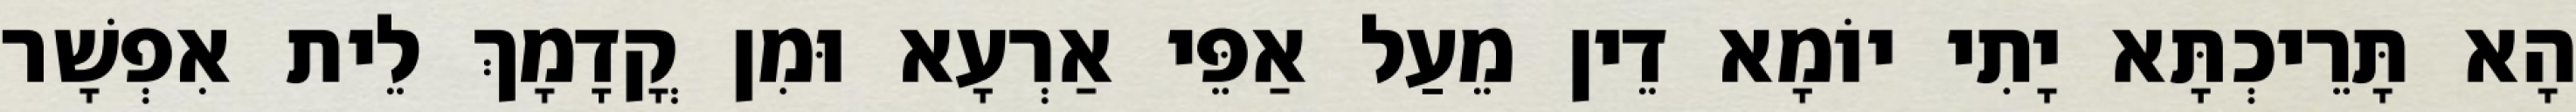
הָא תָּרֵיכְתָּא יָתִי יוֹמָא דֵין מֵעַל אַפֵּי אַרְעָא וּמִן קֳדָמָךְ לֵית אִפְשָׁר